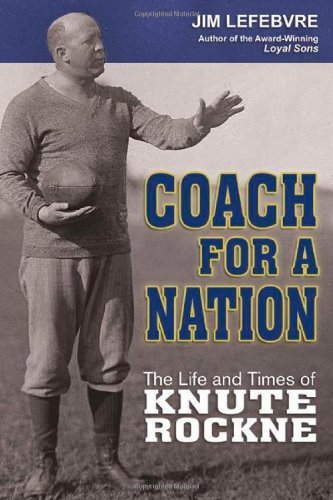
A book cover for Coach for a Nation: The Life and Times of Knute Rockne; Jim Lefebvre; Sports & Outdoors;